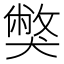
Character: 獘